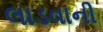
લાડવાની